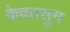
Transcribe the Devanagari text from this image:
केवतसुम